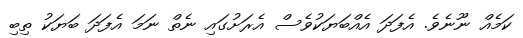
ކަމެއް ނޫނެވެ. އެފަދަ އެއްބަޔަކުވެސް އެރަށުގައި ނެތް ނަމަ އެފަދަ ބަޔަކު ތިބި